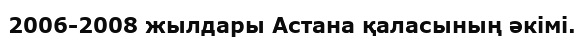
2006-2008 жылдары Астана қаласының әкімі.